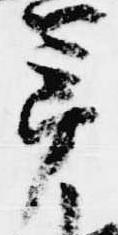
年